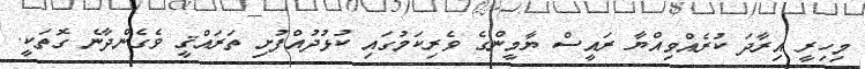
މިހިރީ އިރާދަ ކުރެއްވިއްޔާ ރައީސް ޔާމީންގެ ވެރިކަމުގައި ކުޅުދުއްފުށި ތަރައްޤީ ވެގެންދާނެ ގޮތަކީ.